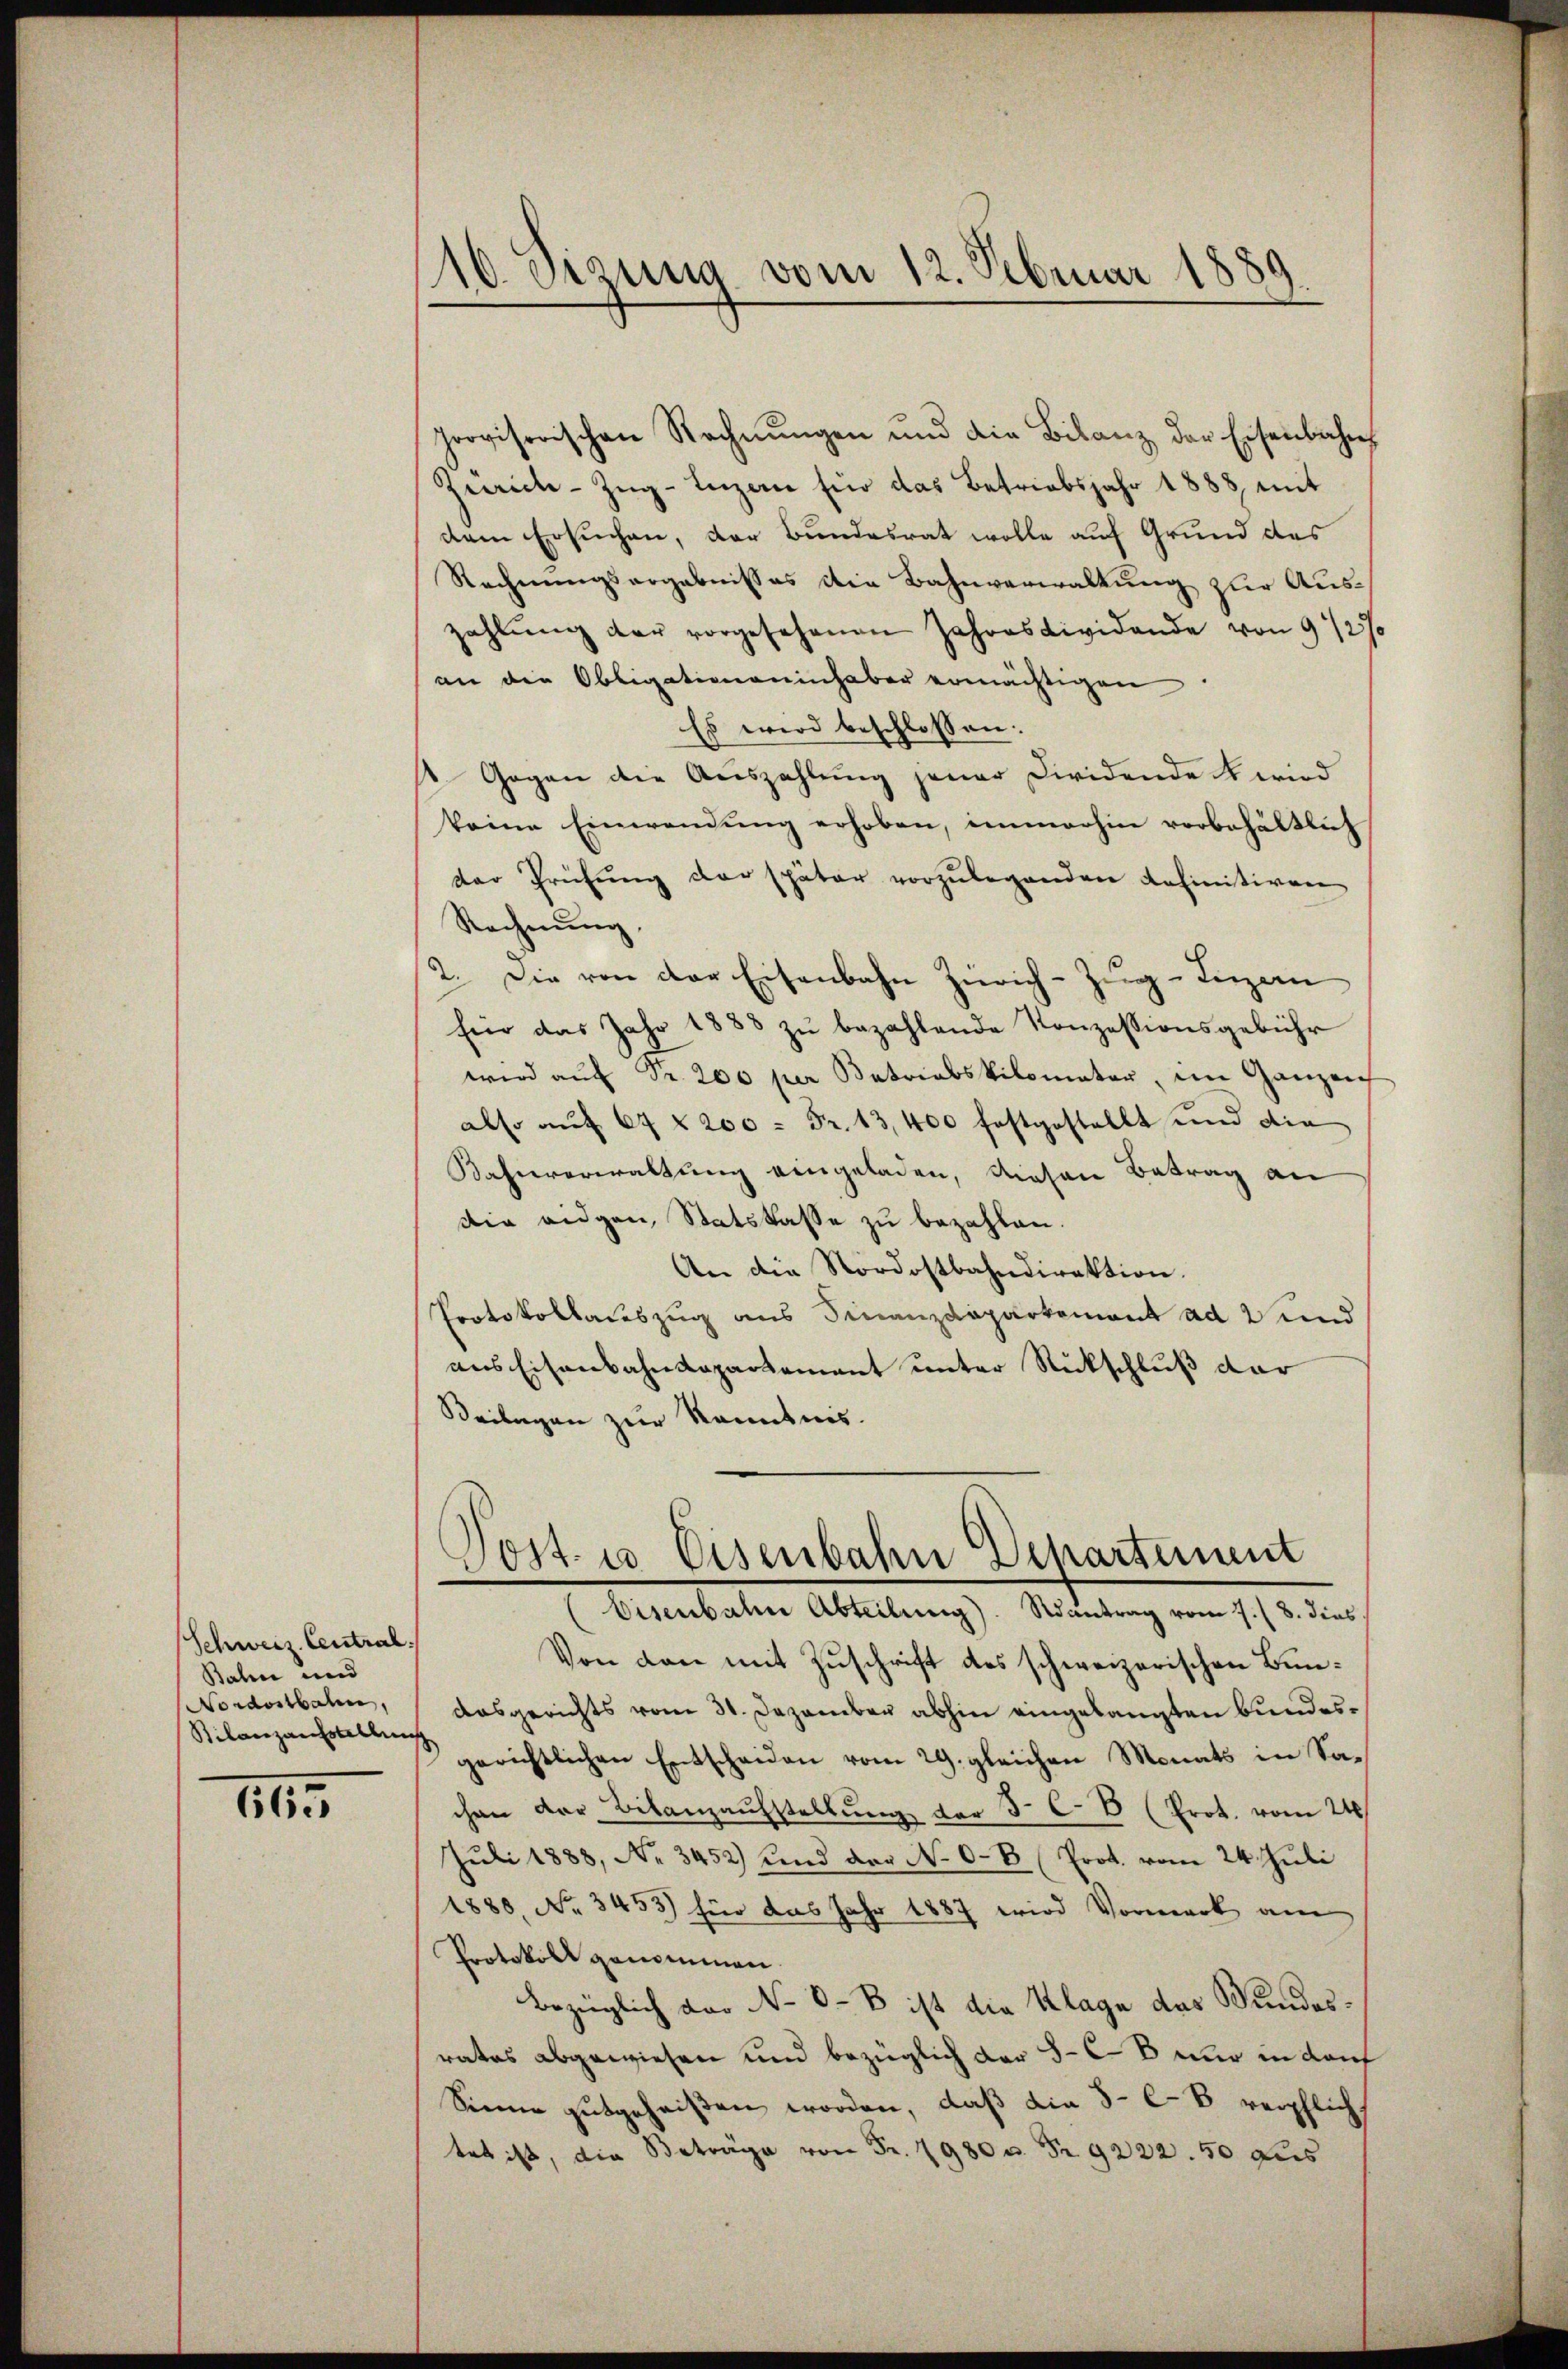
Schweiz. Central
Balin und
Nordostbahn,
Bilanzausstellen

III

16. Sizung vom 12. Februar 1889

Provisorischen Rechnŭngen und die Bilanz der Eisenbahn
Zürich-Zŭg-Inzen für das Betriebsjahr 1888, mit
dem Ersuchen, der Bundesrat wolle auf Grund des
Rechnungsergebnisses die Bahnverwaltung zur Auszahlŭng der vorgesehenen Jahresvividende von 9 1/2%
an die Obligationeninhaber ermächtigen
Es wird beschlossen:
 Gegen die Aŭszahlŭng jener Dividende  wird
keine Einwendŭng erhoben, immerhin vorbehältlich
der Prüfŭng der später vorzŭlegenden definitiven
Rechnŭng
2. Die von der Eisenbahn Zürich–Zug–Luzern
Ein das Jahr 1888 zu bezahlende Konzessionsgebühr
wird aŭf Fr. 200 per Patriabskilomater, im Ganzen
also auf 64 § 200 Fr. 13,400 festgestellt und die
Bahnverwaltŭng eingeladen, diesen Betrag an
die eidgen, Statskasse zu bezahlen.
An die Nordostbahndirektion.
Protokollauszug aus Finanzdepartement ad 2 und
aus Eisenbahndepartement unter Rückschluß dar
Beilagen zur Kenntnis.
Post in Eisenbahn Departement
e
(Eisenbahn Abteilung). Rintrag vom 7./8. dies
Von den mit Zuschrift des schweizerischen Bundasgerichts vom 31. Dezember abhin eingelangten Bundesgerichtlichen Entscheiden vom 29. gleichen Monats in Sachen der Bilanzaufstellŭng der 3. C. E (Prot. vom 24s
Juli 1888, No 3452) und der No 0 B (Prot. vom 24. Juli
1880, No 3453) für das Jahr 1887 wird Vormerk am
Protokoll genommen.
bezüglich der No 0 -B ist die Klage das Wundesrates abgewiesen und bezüglich der 5-6 B nur in darf
Sienne gutgeheißen worden, daß die 5-C. 8 verpflich.
tet ist, die Beträge von Fr. 1980 u. Fr. 9222.50 dies